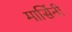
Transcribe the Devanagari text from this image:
मार्सिनी